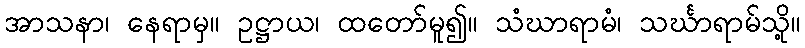
အာသနာ၊ နေရာမှ။ ဥဋ္ဌာယ၊ ထတော်မူ၍။ သံဃာရာမံ၊ သင်္ဃာရာမ်သို့။